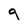
Character: 9